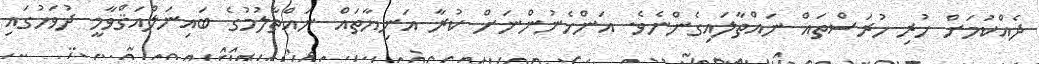
ދެއްކުމަށް ހުރި ހުރަސްތައް ނައްތާލައިގެންނެވެ. އަންހެނުންނަށް ކުރާ އަނިޔާތައް ނައްތާލުމުގެ ބައިނަލްއަޤްވާމީ ދުވަހުގައި